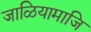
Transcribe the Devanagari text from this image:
जाळियामाजि